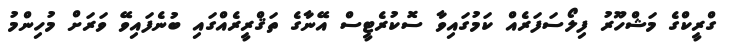
ގްރީކްގެ މަޝްހޫރު ފިލޯސަފަރެއް ކަމުގައިވާ ސޮކުރެޓީސް އޭނާގެ ތަޤްރީރެއްގައި ބުނެފައިވޭ ވަރަށް މުހިންމު